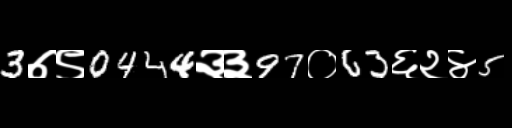
Text: 3७९0444३३97०63६२४5